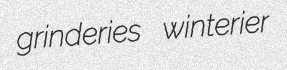
grinderies winterier